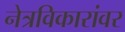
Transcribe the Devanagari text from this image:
नेत्रविकारांवर